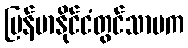
မြန်မာနိုင်ငံတွင်သာမက